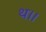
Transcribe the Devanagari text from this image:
थ।।